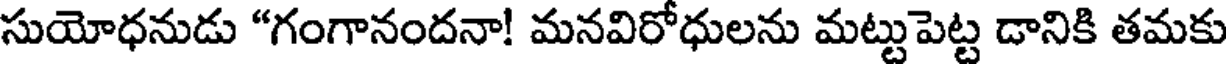
సుయోధనుడు "గంగానందనా! మనవిరోధులను మట్టుపెట్ట డానికి తమకు